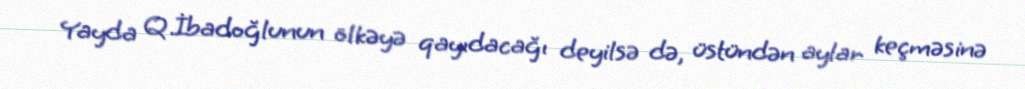
Yayda Q.İbadoğlunun ölkəyə qayıdacağı deyilsə də, üstündən aylar keçməsinə